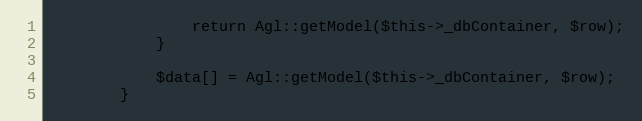
Language: PHP
                return Agl::getModel($this->_dbContainer, $row);
            }

            $data[] = Agl::getModel($this->_dbContainer, $row);
        }